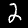
Label: 2